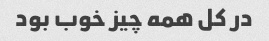
در کل همه چیز خوب بود